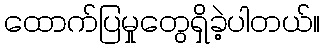
ထောက်ပြမှုတွေရှိခဲ့ပါတယ်။